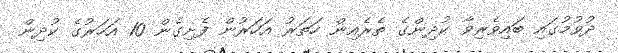
ދުވުމުގައި ބައިވެރިވާ ކުދިންގެ ތެރެއިން ހަތަރު އަހަރުން ފެށިގެން 10 އަހަރުގެ ކުދިން